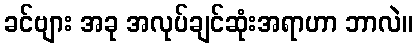
ခင်ဗျား အခု အလုပ်ချင်ဆုံးအရာဟာ ဘာလဲ။